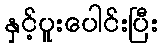
နှင့်ပူးပေါင်းပြီး